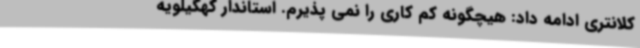
کلانتری ادامه داد: هیچگونه کم کاری را نمی پذیرم. استاندار کهگیلویه